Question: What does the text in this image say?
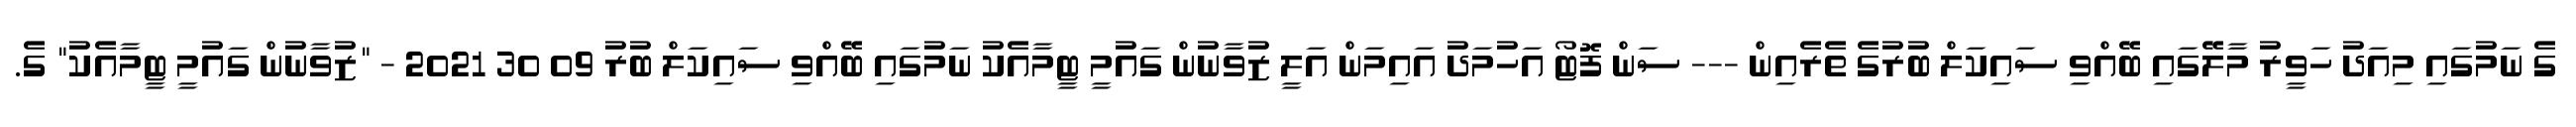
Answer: ގެ ނަމުގައި މިއަދު ހަވީރު މާލޭގައި ބޭއްވި ސައިކަލް ބުރުގެ ތެރެއިން --- ސަން ފޮޓޯ އަހުމަދު އައިމަން އަލީ ޒުވާނުން ގައުމީ ޓީމާއެކު ނަމުގައި ބޭއްވި ސައިކަލް ބުރު 09 30 2021 - "ޒުވާނުން ގައުމީ ޓީމާއެކު" ގެ.